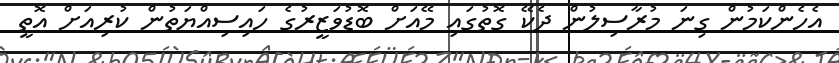
އެހެންކަމުން ގިނަ މުރާސިލުން ދެކޭ ގޮތުގައި މޭއަށް ބޮޑުވަޒީރުގެ ހައިސިއްޔަތުން ކުރިއަށް އޮތީ